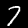
Label: 7